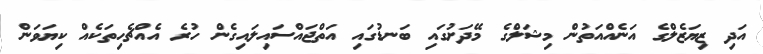
އަދި ޒިޔަޒެލްގެ އަނެއްއަތުން މިޝަލްގެ މޭދަށުގައި ބަނޑުގައި އަތްޖައްސައިލައިގެން ހުރެ އެއްޗެހިތަކެއް ކިޔަވަން